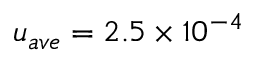
{ u _ { a v e } } = 2 . 5 \times { 1 0 ^ { - 4 } }